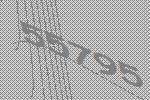
55795